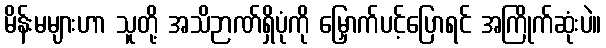
မိန်းမများဟာ သူတို့ အသိဉာဏ်ရှိပုံကို မြှောက်ပင့်ပြောရင် အကြိုက်ဆုံးပဲ။